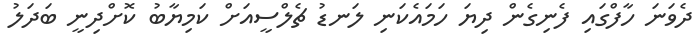
ދެވަނަ ހާފްގައި ފެނިގެން ދިޔަ ހަމައެކަނި ލަނޑު ޗެލްސީއަށް ކަމިޔާބު ކޮށްދިނީ ބަދަލު